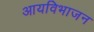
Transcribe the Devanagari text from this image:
आयविभाजन